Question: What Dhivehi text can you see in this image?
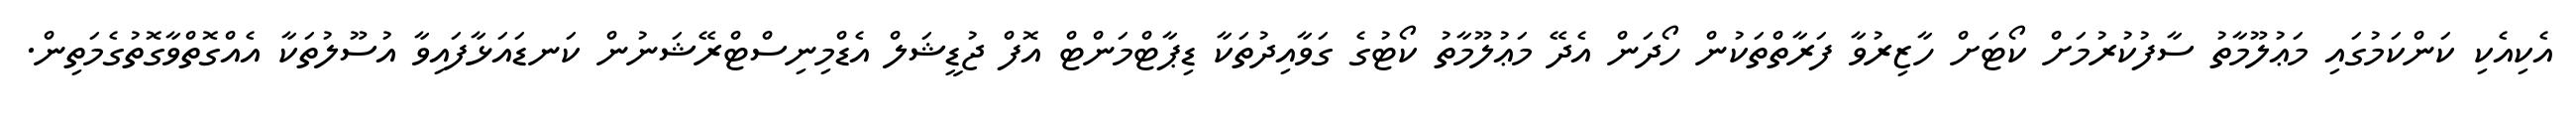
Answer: އެކިއެކި ކަންކަމުގައި މަޢުލޫމާތު ސާފުކުރުމަށް ކޯޓަށް ހާޒިރުވާ ފަރާތްތަކުން ހޯދަން އެދޭ މަޢުލޫމާތު ކޯޓުގެ ގަވާއިދުތަކާ ޑިޕާޓްމަންޓް އޮފް ޖުޑީޝަލް އެޑްމިނިސްޓްރޭޝަނުން ކަނޑައަޅާފައިވާ އުސޫލުތަކާ އެއްގޮތްވާގޮތުގެމަތިން.